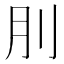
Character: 刖